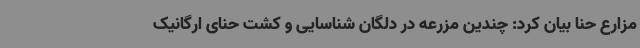
مزارع حنا بیان کرد: چندین مزرعه در دلگان شناسایی و کشت حنای ارگانیک